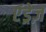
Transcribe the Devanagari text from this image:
एंड्रेज़